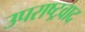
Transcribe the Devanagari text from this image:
उपराष्ट्रवाद